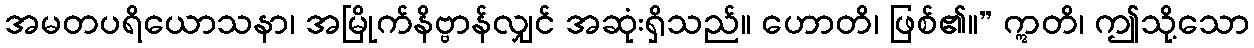
အမတပရိယောသနာ၊ အမြိုက်နိဗ္ဗာန်လျှင် အဆုံးရှိသည်။ ဟောတိ၊ ဖြစ်၏။” ဣတိ၊ ဤသို့သော